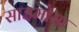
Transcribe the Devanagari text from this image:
साइमोसा